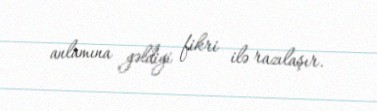
anlamına gəldiyi fikri ilə razılaşır.